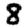
Digit: 8